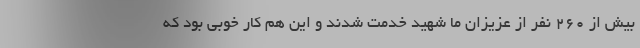
بیش از ۲۶۰ نفر از عزیزان ما شهید خدمت شدند و این هم کار خوبی بود که